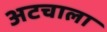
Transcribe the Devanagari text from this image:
अटचाला